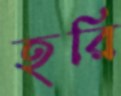
হরি